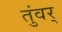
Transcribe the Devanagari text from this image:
तुंवर्